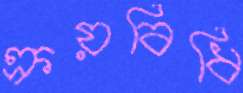
ক্রয়বিধি